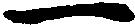
一